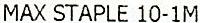
MAX STAPLE 10-1M